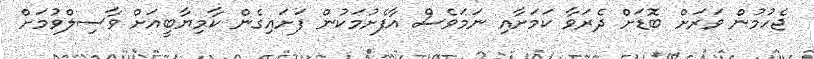
ޖެހުމުން ވަރަށް ބޮޑަށް ދެރަވާ ކަމަށާއި ނަމަވެސް އާފެށުމަކުން ފަށައިގެން ކާމިޔާބީއަށް ވާސިލްވުމަށް